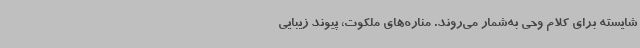
شایسته برای کلام وحی به‌شمار می‌روند. مناره‌های ملکوت، پیوند زیبایی